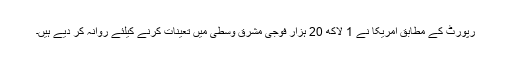
رپورٹ کے مطابق امریکا نے 1 لاکھ 20 ہزار فوجی مشرق وسطیٰ میں تعینات کرنے کیلئے روانہ کر دیے ہیں۔